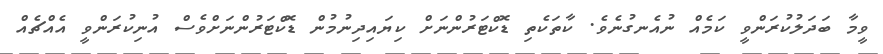
ވީމާ ބަދަލުކުރަންވީ ކަމެއް ނުއެނގުނެވެ. ކާތަކެތި ޑޮކްޓަރުންނަށް ކިޔައިދިނުމުން ޑޮކްޓަރުންނަށްވެސް އުނިކުރަންވީ އެއްޗެއް